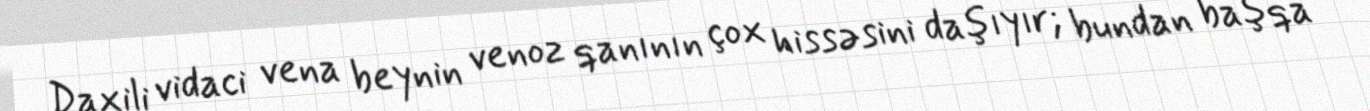
Daxili vidaci vena beynin venoz qanının çox hissəsini daşıyır; bundan başqa